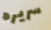
سريره